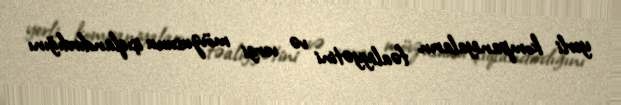
yerli kompaniyaların fəaliyyətini və vergi mövzusunu işıqlandırdığını